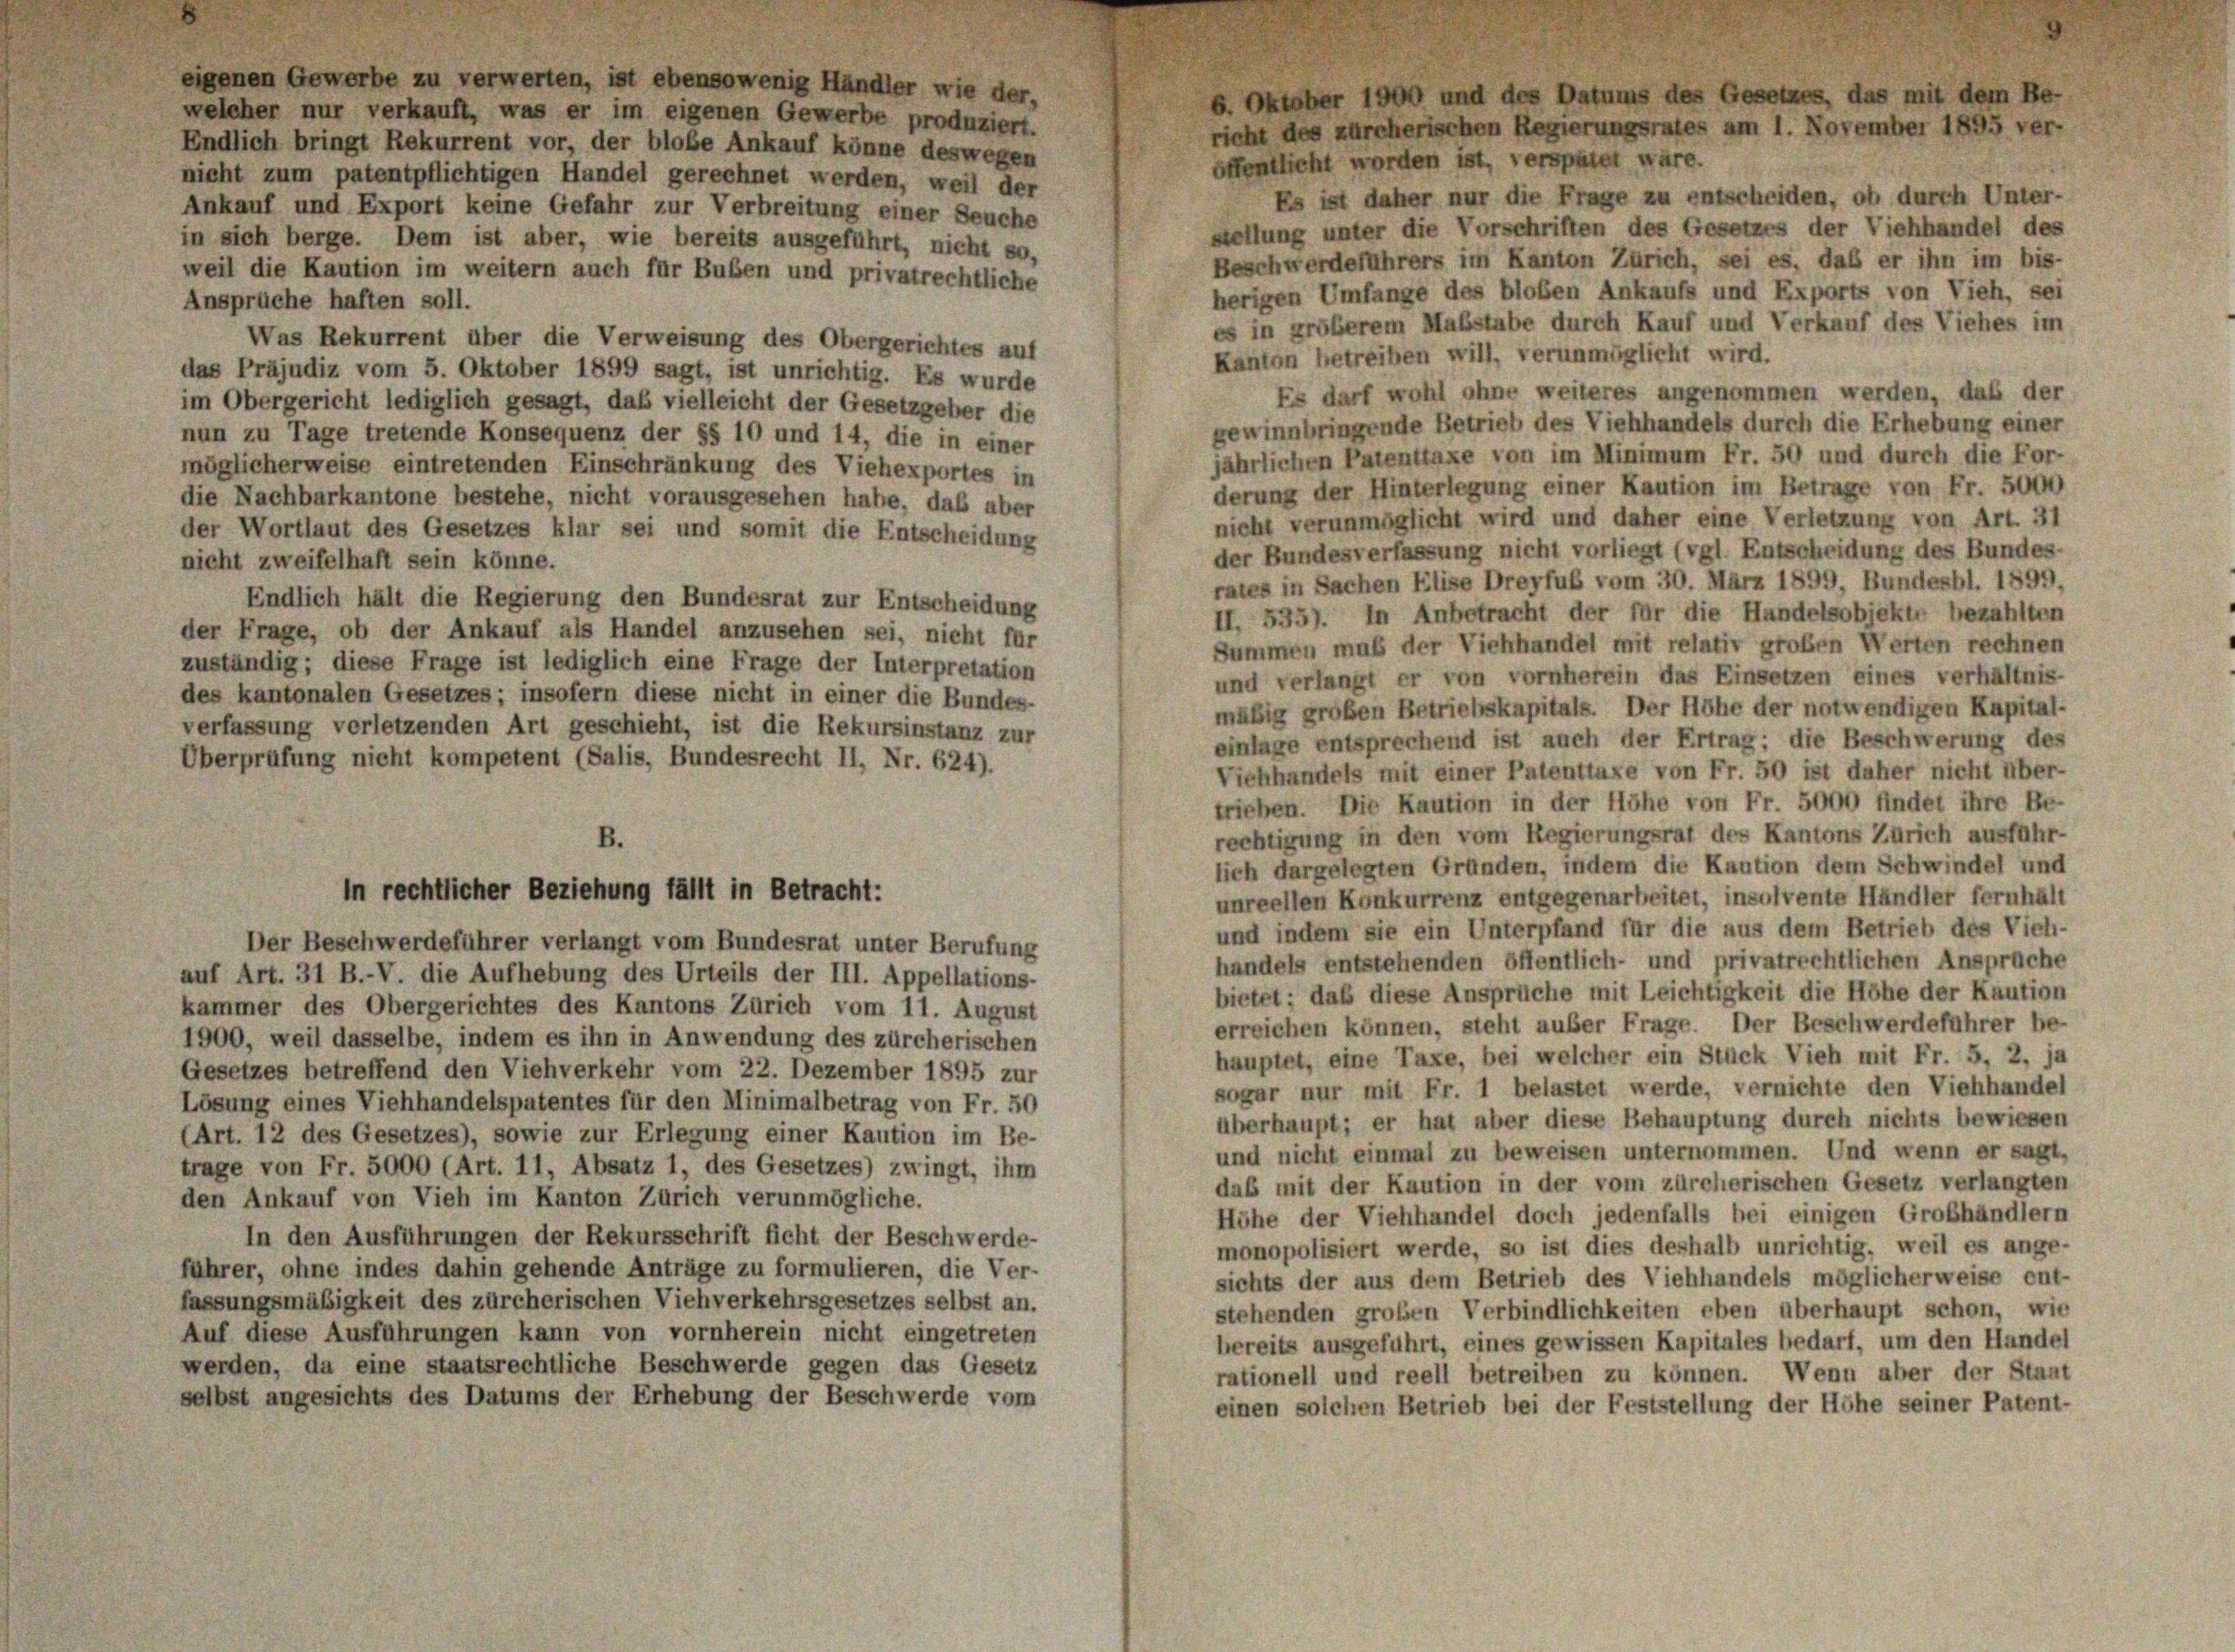
eigenen Gewerbe zu verwerten, ist ebensowenig Handler wie der,
welcher nur verkauft, was er im eigenen Gewerbe produziert.
Endlich bringt Rekurrent vor, der blobe Ankauf könne deswegen
öffentlicht worden ist, verspätet wäre.
nicht zum patentpflichtigen Handel gerechnet werden, weil der
Es ist daher nur die Frage zu entscheiden, ob durch Unter-
Ankauf und Export keine Gefahr zur Verbreitung einer Seuche
stellung unter die Vorschriften des Gesetzes der Viehhandel des
in sich berge. Dem ist aber, wie bereits ausgeführt, nicht so,
Beschwerdeführers im Kanton Zürich, sei es, daß er ihn im bis-
weil die Kaution im weitern auch für Buben und privatrechtliche
herigen Umfange des bloßen Ankaufs und Exports von Vieh, sei
Ansprüche haften soll.
es in größerem Maßstabe durch Kauf und Verkauf des Viehes im
Was Rekurrent über die Verweisung des Obergerichtes auf
Kanton betreiben will, verunmöglicht wird.
das Präjudiz vom 5. Oktober 1899 sagt, ist unrichtig. Es wurde
Es darf wohl ohne weiteres angenommen werden, daß der
im Obergericht lediglich gesagt, daß vielleicht der Gesetzgeber die
gewinnbringende Betrieb des Viehhandels durch die Erhebung einer
nun zu Tage tretende Konsequenz der §§ 10 und 14, die in einer
jährlichen Patenttaxe von im Minimum Fr. 50 und durch die For-
möglicherweise eintretenden Einschränkung des Viehexportes in
derung der Hinterlegung einer Kaution im Betrage von Fr. 5000
die Nachbarkantone bestehe, nicht vorausgesehen habe, daß aber
nicht verunmöglicht wird und daher eine Verletzung von Art. 31
der Wortlaut des Gesetzes klar sei und somit die Entscheidung
der Bundesverfassung nicht vorliegt (vgl. Entscheidung des Bundes-
nicht zweifelhaft sein könne.
rates in Sachen Elise Dreyfuß vom 30. März 1899, Bundesbl. 1899.
Endlich hält die Regierung den Bundesrat zur Entscheidung
II. 535). In Anbetracht der für die Handelsobjekte bezahlten
der Frage, ob der Ankauf als Handel anzusehen sei, nicht für
Summen muß der Viehhandel mit relativ großen Werten rechnen
zuständig; diese Frage ist lediglich eine Frage der Interpretation
und verlangt er von vornherein das Einsetzen eines verhältnis-
des kantonalen Gesetzes; insofern diese nicht in einer die Bundes-
mäßig großen Betriebskapitals. Der Höhe der notwendigen Kapital-
verfassung verletzenden Art geschieht, ist die Rekursinstanz zur
einlage entsprechend ist auch der Ertrag: die Beschwerung des
Überprüfung nicht kompetent (Salis, Bundesrecht II, Nr. 624).
Viehhandels mit einer Patenttaxe von Fr. 50 ist daher nicht über-
trieben. Die Kaution in der Höhe von Fr. 5000 findet ihre Be-
rechtigung in den vom Regierungsrat des Kantons Zürich ausführ-
B.
lich dargelegten Gründen, indem die Kaution dem Schwindel und
in rechtlicher Beziehung fällt in Betracht:
unreellen Konkurrenz entgegenarbeitet, insolvente Händler fernhalt
und indem sie ein Unterpfand für die aus dem Betrieb des Vieh-
Der Beschwerdeführer verlangt vom Bundesrat unter Berufung
handels entstehenden öffentlich- und privatrechtlichen Ansprüche
auf Art. 31 B.-V. die Aufhebung des Urteils der III. Appellations-
bietet; daß diese Ansprüche mit Leichtigkeit die Höhe der Kaution
kammer des Obergerichtes des Kantons Zürich vom 11. August
erreichen können, steht außer Frage. Der Beschwerdeführer be-
1900, weil dasselbe, indem es ihn in Anwendung des zürcherischen
hauptet, eine Taxe, bei welcher ein Stück Vieh mit Fr. 5, 2, ja
Gesetzes betreffend den Viehverkehr vom 22. Dezember 1895 zur
sogar nur mit Fr. 1 belastet werde, vernichte den Viehhandel
Lösung eines Viehhandelspatentes für den Minimalbetrag von Fr. 50
überhaupt; er hat aber diese Behauptung durch nichts bewiesen
(Art. 12 des Gesetzes), sowie zur Erlegung einer Kaution im Be-
und nicht einmal zu beweisen unternommen. Und wenn er sagt,
trage von Fr. 5000 (Art. 11, Absatz 1, des Gesetzes) zwingt, ihm
daß mit der Kaution in der vom zürcherischen Gesetz verlangten
den Ankauf von Vieh im Kanton Zürich verunmögliche.
Höhe der Viehhandel doch jedenfalls bei einigen Großhändlern
In den Ausführungen der Rekursschrift ficht der Beschwerde-
monopolisiert werde, so ist dies deshalb unrichtig, weil es ange-
führer, ohne indes dahin gehende Anträge zu formulieren, die Ver-
sichts der aus dem Betrieb des Viehhandels möglicherweise ent-
fassungsmäßigkeit des zürcherischen Viehverkehrsgesetzes selbst an.
stehenden großen Verbindlichkeiten eben überhaupt schon, wie
Auf diese Ausführungen kann von vornherein nicht eingetreten
bereits ausgeführt, eines gewissen Kapitales bedarf, um den Handel
werden, da eine staatsrechtliche Beschwerde gegen das Gesetz
rationell und reell betreiben zu können. Wenn aber der Staat
selbst angesichts des Datums der Erhebung der Beschwerde vom
einen solchen Betrieb bei der Feststellung der Höhe seiner Patent-

6. Oktober 1900 und des Datums des Gesetzes, das mit dem Be-
richt des zürcherischen Regierungsrates am 1. November 1895 ver-